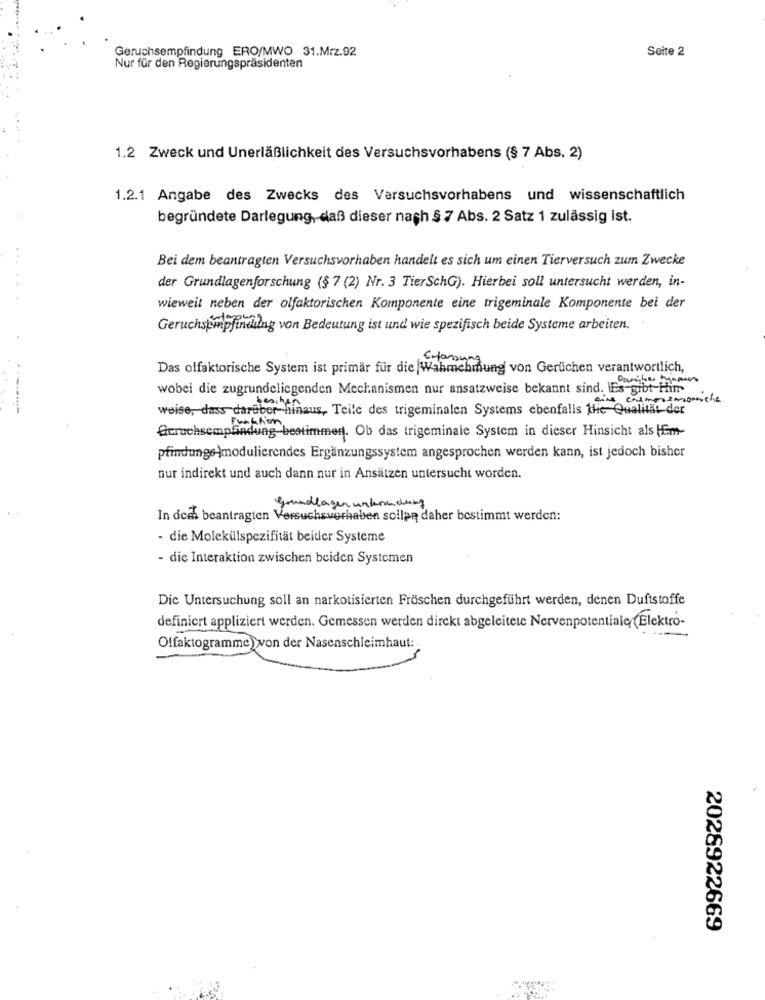
Geruchsempfindung ERO/MWO 31.Mrz.92
Seite 2
Nur für den Regierungspräsidenten
1.2 Zweck und Unerläßlichkeit des Versuchsvorhabens (§ 7 Abs. 2)
1.2.1 Angabe des Zwecks des Versuchsvorhabens und wissenschaftlich
begründete Darlegung, daß dieser nach § 7 Abs. 2 Satz 1 zulässig ist.
Bei dem beantragten Versuchsvorhaben handelt es sich um einen Tierversuch zum Zwecke
der Grundlagenforschung (§ 7 (2) Nr. 3 TierSchG). Hierbei soll untersucht werden, in-
...
wieweit neben der olfaktorischen Komponente eine trigeminale Komponente bei der
Geruchsempfindung von Bedeutung ist und wie spezifisch beide Systeme arbeiten.
Das olfaktorische System ist primär für die Wahrnehmung von Gerüchen verantwortlich,
wobei die zugrundeliegenden Mechanismen nur ansatzweise bekannt sind. IEs gibt-H
chemoremonche
weise, dass darüber hinaus, Teile des trigeminalen Systems ebenfalls the Qualitat der
Geruchsempfindung-bestimmen. Ob das trigeminale System in dieser Hinsicht als Em-
pfindunge-modulierendes Ergänzungssystem angesprochen werden kann, ist jedoch bisher
nur indirekt und auch dann nur in Ansätzen untersucht worden.
grundlagen unkredung
In der beantragten Versuchsverhaben sollen daher bestimmt werden:
- die Molekülspezifität beider Systeme
- die Interaktion zwischen beiden Systemen
Die Untersuchung soll an narkotisierten Fröschen durchgeführt werden, denen Duftstoffe
definiert appliziert werden. Gemessen werden direkt abgeleitete Nervenpotentiale (Elektro-
-
Olfaktogramme >von der Nasenschleimhaut:
2028922669